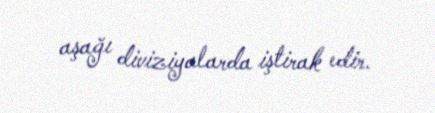
aşağı diviziyalarda iştirak edir.